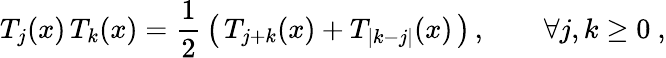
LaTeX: T_{j}(x)\, T_{k}(x)={\frac{1}{2}}\left(\, T_{j+k}(x)+T_{|k-j|}(x)\, \right)\, ,\qquad\forall j,k\geq 0~,